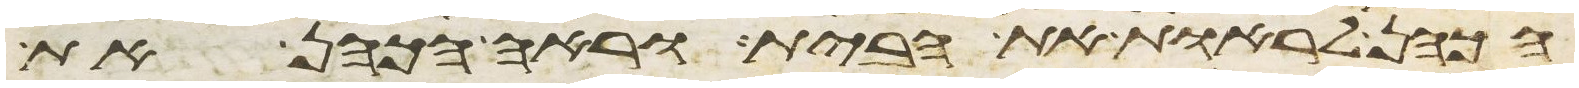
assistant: הכהן לראות את הבית וראה הכהן את